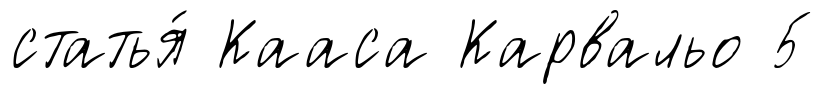
статья́ Кааса Карвальо 5